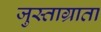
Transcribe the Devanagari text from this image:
जुस्ताग्राता